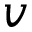
v